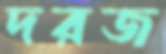
দরজ